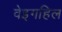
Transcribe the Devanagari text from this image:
वेइगहिल